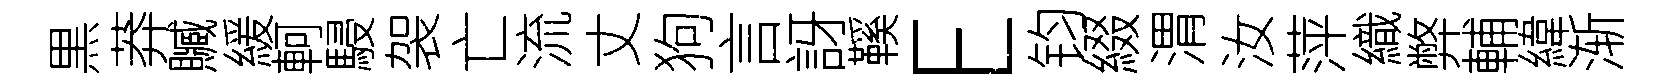
黒莽贓緩軻駸袈亡流丈狗言訝鞵E钧綴渭汝萍織弊輔緯渐